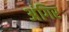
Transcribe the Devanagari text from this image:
अंगिर